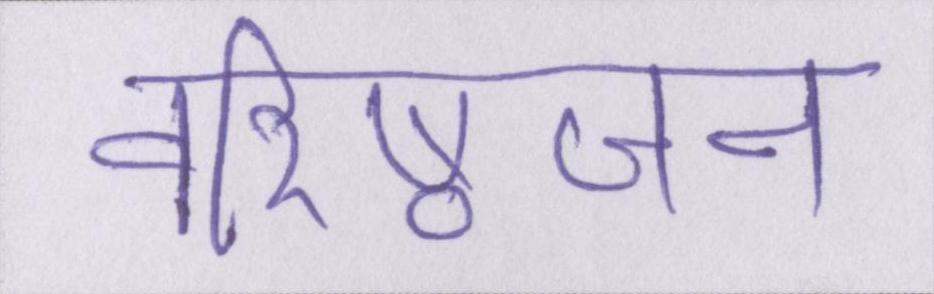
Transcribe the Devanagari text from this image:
वरिष्ठजन